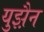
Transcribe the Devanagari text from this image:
युझ़ैन